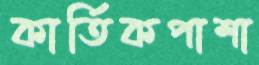
কার্তিকপাশা